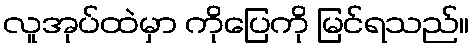
လူအုပ်ထဲမှာ ကိုပြေကို မြင်ရသည်။